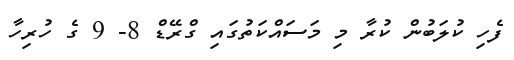
ފެހި ކުލަބުން ކުރާ މި މަސައްކަތުގައި ގްރޭޑް 8- 9 ގެ ހުރިހާ